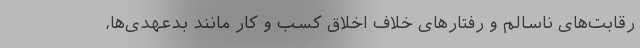
رقابت‌های ناسالم و رفتارهای خلاف اخلاق کسب و کار مانند بدعهدی‌ها،